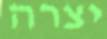
יצרה